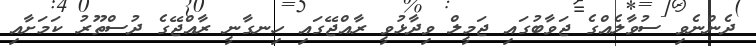
ދެންނެވި ސުވާލެއްގެ ޖަވާބުގައި ޖަމީލް ވިދާޅުވީ ރާއްޖޭގައި ހިނގާނީ ރާއްޖޭގެ ދުސްތޫރު ކަމަށާއި